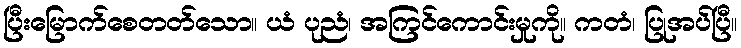
ပြီးမြောက်စေတတ်သော။ ယံ ပုညံ၊ အကြင်ကောင်းမှုကို။ ကတံ၊ ပြုအပ်ပြီ။